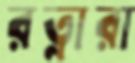
রত্নারা